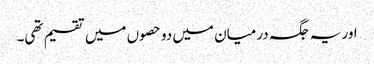
اور یہ جگہ درمیان میں دو حصوں میں تقسیم تھی۔